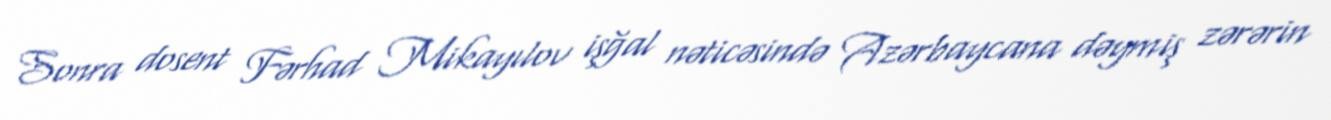
Sonra dosent Fərhad Mikayılov işğal nəticəsində Azərbaycana dəymiş zərərin